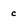
Character: c